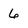
Character: 6